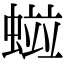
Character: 𧏑